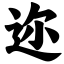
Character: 迩